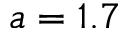
a = 1 . 7